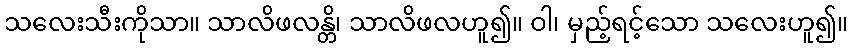
သလေးသီးကိုသာ။ သာလိဖလန္တိ၊ သာလိဖလဟူ၍။ ဝါ၊ မှည့်ရင့်သော သလေးဟူ၍။